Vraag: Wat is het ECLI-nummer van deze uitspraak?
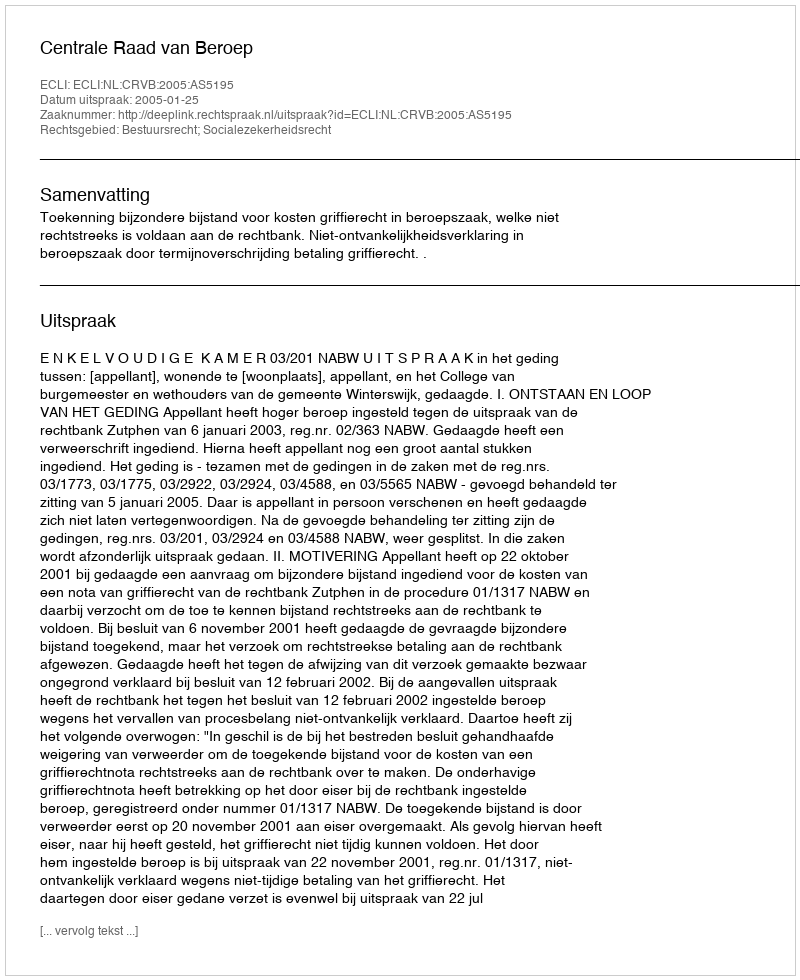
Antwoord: ECLI:NL:CRVB:2005:AS5195